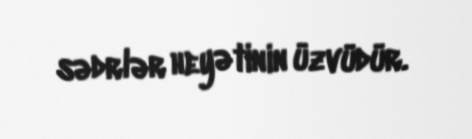
sədrlər heyətinin üzvüdür.